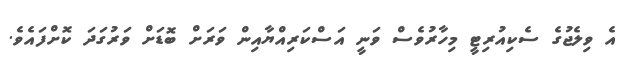
އެ ވިލެޖުގެ ސެކިއުރިޓީ މިހާރުވެސް ވަނީ އަސްކަރިއްޔާއިން ވަރަށް ބޮޑަށް ވަރުގަދަ ކޮށްފައެވެ.